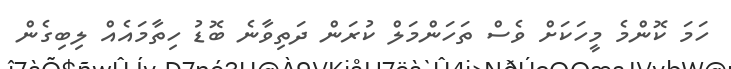
ހަމަ ކޮންމެ މީހަކަށް ވެސް ތަހަންމަލް ކުރަން ދަތިވާނެ ބޮޑު ހިތާމައެއް ލިބިގެން